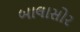
બાલાસોર